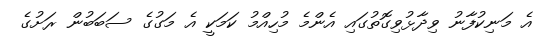
އެ މަނިކުފާނު ވިދާޅުވިގޮތުގައި އެންމެ މުހިއްމު ކަމަކީ އެ މަގުގެ ސަބަބުން ރަށުގެ